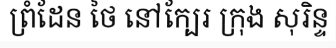
ព្រំដែន ថៃ នៅក្បែរ ក្រុង សុរិន្ទ